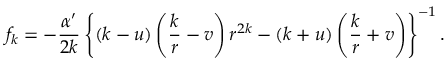
f _ { k } = - \frac { \alpha ^ { \prime } } { 2 k } \left\{ ( k - u ) \left( \frac k r - v \right) r ^ { 2 k } - ( k + u ) \left( \frac k r + v \right) \right\} ^ { - 1 } .